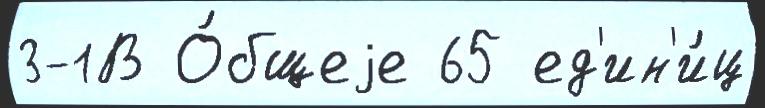
3-1В О́бщеjе 65 ед'ин'и́ц